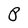
Character: P